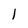
Character: 1